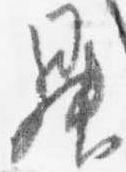
昇